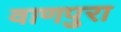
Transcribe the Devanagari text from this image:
वाणपुरा